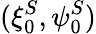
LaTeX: (\xi_{0}^{S},\psi_{0}^{S})